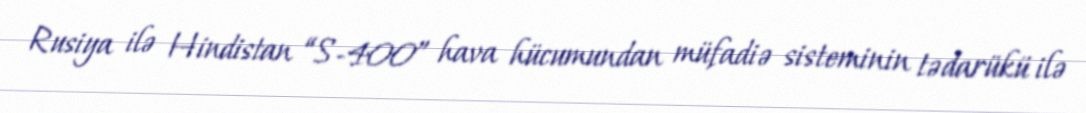
Rusiya ilə Hindistan “S-400” hava hücumundan müfadiə sisteminin tədarükü ilə